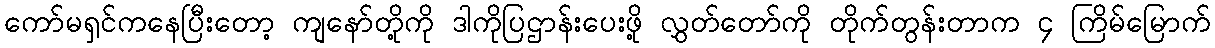
ကော်မရှင်ကနေပြီးတော့ ကျနော်တို့ကို ဒါကိုပြဌာန်းပေးဖို့ လွှတ်တော်ကို တိုက်တွန်းတာက ၄ ကြိမ်မြောက်